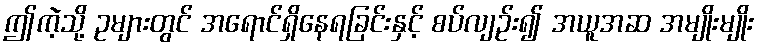
ဤကဲ့သို့ ဥများတွင် အရောင်ရှိနေရခြင်းနှင့် စပ်လျဉ်း၍ အယူအဆ အမျိုးမျိုး